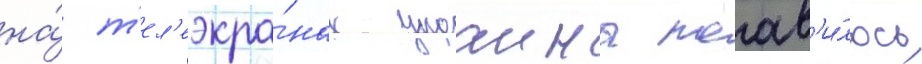
на́ т'ел'еэкра́нах украины поав'и́лось